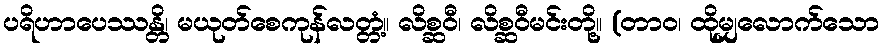
ပရိဟာပေဿန္တိ၊ မယုတ်စေကုန်လတ္တံ့။ လိစ္ဆဝီ၊ လိစ္ဆဝီမင်းတို့။ (တာဝ၊ ထိုမျှလောက်သော